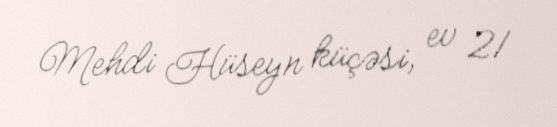
Mehdi Hüseyn küçəsi, ev 21